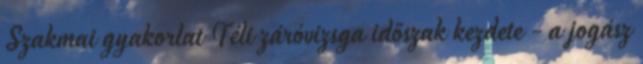
Szakmai gyakorlat Téli záróvizsga időszak kezdete - a jogász